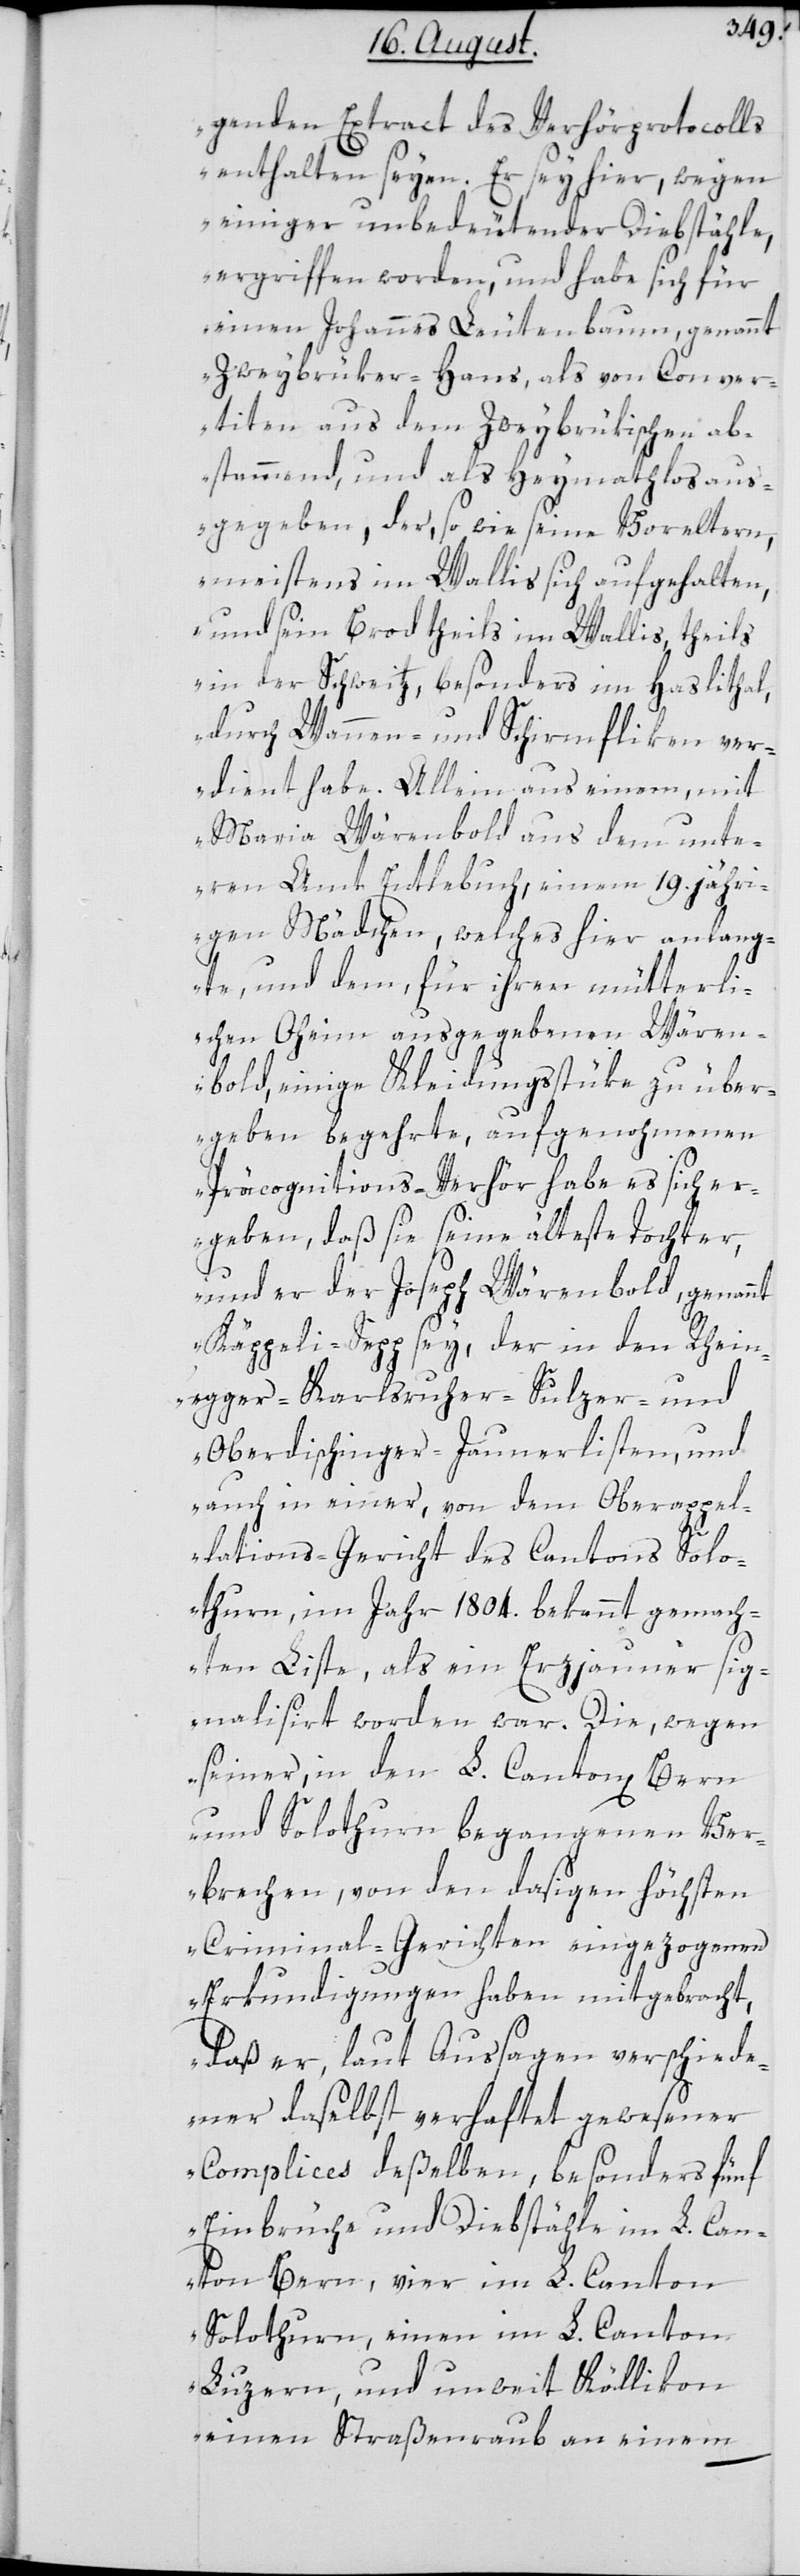
genden Extract des Verhörprotocolls
enthalten seyen. Er sey hier, wegen
einiger unbedeutender Diebstähle
ergriffen worden, und habe sich für
einen Johannes Leutenbaum, genannt
Zweybrüker-Hans, als von Conver¬
titen aus dem Zweybrükischen ab¬
stammend, und als Heymathlos aus¬
gegeben, der, so wie seine Voreltern,
meistens im Wallis sich aufgehalten,
und sein Brod theils im Wallis, theils
in der Schweitz, besonders im Haslithal,
durch Wannen- und Schirmfliken ver¬
dient habe. Allein aus einem, mit
Maria Wärenbold aus dem unte¬
ren Amt Entlebuch, einem 19. jähri¬
gen Mädchen, welches hier anlang¬
te, und dem, für ihren mütterli¬
chen Oheim ausgegebenen Wären¬
bold, einige Kleidungsstüke zu über¬
geben begehrte, aufgenohmenen
Präcognitions-Verhör habe es sich er¬
geben, daß sie seine älteste Tochter,
und er der Joseph Wärenbold, genannt
Käppeli-Sepp sey, der in den Rhein¬
egger-, Karlsruher-, Sulzer- und
Oberdischinger-Jaunerlisten, und
auch in einer, von dem Oberappel¬
lations-Gericht des Cantons Sol¬
othurn, im Jahr 1804. bekannt gemach¬
ten Liste, als ein Erzjauner sig¬
nalisiert worden war. Die, wegen
seiner, in den L. Canton Bern
und Solothurn begangenen Ver¬
brechen, von den dasigen höchsten
Criminal-Gerichten eingezogenen
Erkundigungen haben mitgebracht,
daß er, laut Aussagen verschiede¬
ner daselbst verhaftet gewesener
Complices deßelben, besonders fünf
Einbrüche und Diebstähle im L. Can¬
ton Bern, vier im L. Canton
Solothurn, einen im L. Canton
Luzern, und unweit Köllikon
einen Straßenraub an einem